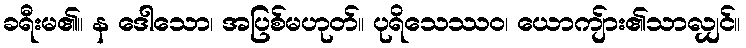
ခရီးမ၏။ န ဒေါသော၊ အပြစ်မဟုတ်။ ပုရိသေဿဝ၊ ယောကျ်ား၏သာလျှင်။